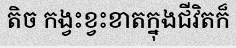
តិច កង្វះខ្វះខាតក្នុងជីវិតក៏